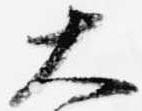
大